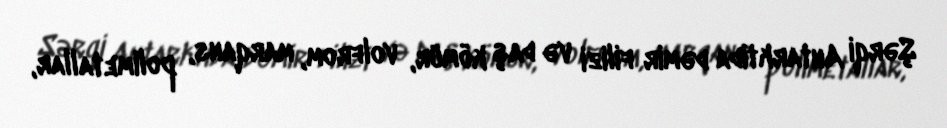
Şərqi Antarktida dəmir filizi və daş kömür, volfrom, marqans, polimetallar,